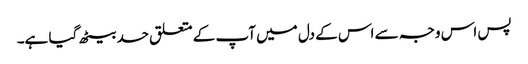
پس اس وجہ سے اس کے دل میں آپ کے متعلق حسد بیٹھ گیا ہے۔